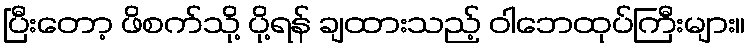
ပြီးတော့ ဖိစက်သို့ ပို့ရန် ချထားသည့် ဝါဘေထုပ်ကြီးများ။